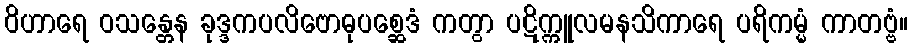
ဝိဟာရေ ဝသန္တေန ခုဒ္ဒကပလိဗောဓုပစ္ဆေဒံ ကတွာ ပဋိက္ကူလမနသိကာရေ ပရိကမ္မံ ကာတဗ္ဗံ။